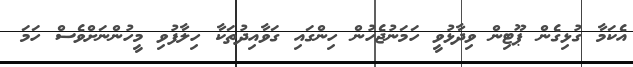
އެކަމާ ގުޅިގެން ޕޫޓިން ވިދާޅުވީ ހަމަނުޖެހުން ހިންގައި ގަވާއިދުތަކާ ހިލާފުވި މީހުންނަށްވެސް ހަމަ